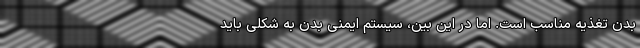
بدن تغذیه مناسب است. اما در این بین، سیستم ایمنی بدن به شکلی باید